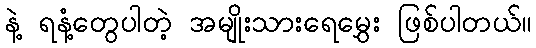
နဲ့ ရနံ့တွေပါတဲ့ အမျိုးသားရေမွှေး ဖြစ်ပါတယ်။